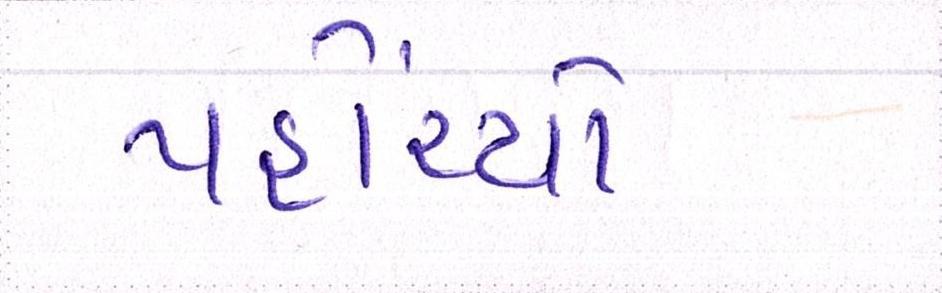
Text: પહોંચ્યો